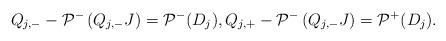
LaTeX: \begin{align*}Q_{j,-}-\mathcal{P}^-\left(Q_{j,-} J\right)=\mathcal{P}^-(D_j), Q_{j,+} -\mathcal{P}^-\left(Q_{j,-} J\right)=\mathcal{P}^+(D_j).\end{align*}